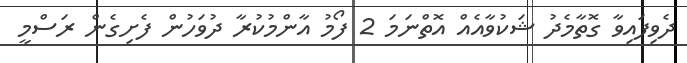
ދެވިފައިވާ ގޮތާމެދު ޝަކުވާއެއް އޮތްނަމަ 2 ފޯމު އާންމުކުރާ ދުވަހުން ފެށިގެން ރަސްމީ